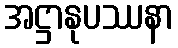
အဋ္ဌာနုပဿနာ